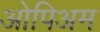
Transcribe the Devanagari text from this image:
ओपिअम